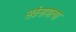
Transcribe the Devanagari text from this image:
सर्वनामाचा